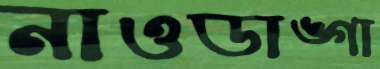
নাওডাঙ্গা